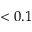
< 0 . 1